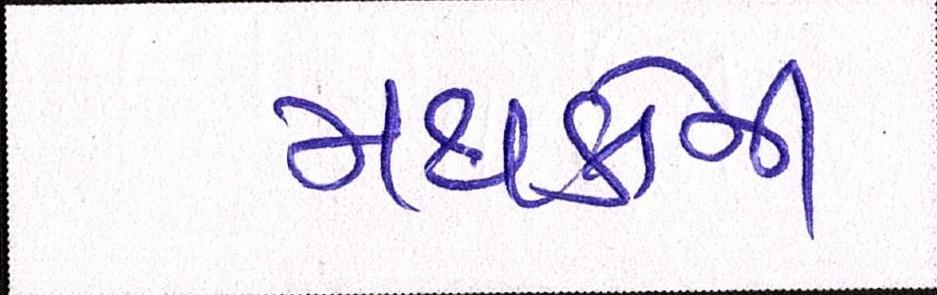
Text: મથકોની